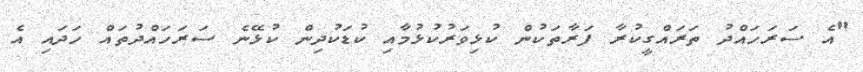
"އެ ސަރަހައްދު ތަރައްގީކުރާ ފަރާތަކުން ކުޅިވަރުކުޅުމާއި ކުޑަކުދިން ކުޅޭނެ ސަރަހައްދުތައް ހަދައި އެ